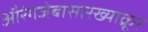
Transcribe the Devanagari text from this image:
औरंगजेबासारख्याक्रूर